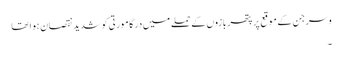
وسرجن کے موقع پر پتھر بازوں کے حملے میں درگا مورتی کو شدید نقصان ہوا تھا
۔